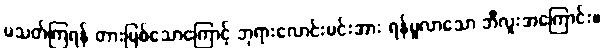
မသတ်ကြရန် တားမြစ်သောကြောင့် ဘုရားလောင်းမင်းအား ရန်မူလာသော ဘီလူးအကြောင်း။